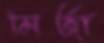
মির্জা